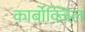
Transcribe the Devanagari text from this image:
कार्बोक्जिल